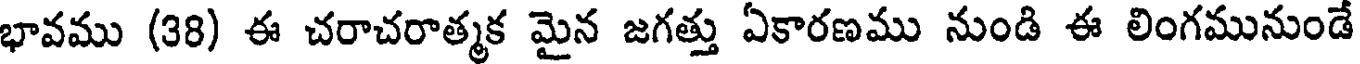
భావము (38) ఈ చరాచరాత్మక మైన జగత్తు ఏకారణము నుండి ఈ లింగమునుండే